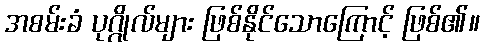
အစမ်းခံ ပုဂ္ဂိုလ်များ ဖြစ်နိုင်သောကြောင့် ဖြစ်၏။